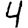
Digit: 4